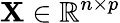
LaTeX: \mathbf{X}\in\mathbb{R}^{n\times p}